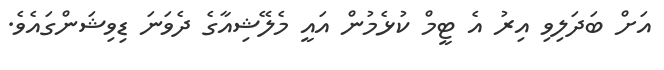
އަށް ބަދަލިވި އިރު އެ ޓީމް ކުޅެމުން އައީ މެލޭޝިއާގެ ދެވަނަ ޑިވިޝަންގައެވެ.